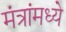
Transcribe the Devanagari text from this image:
मंत्रांमध्ये